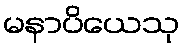
မနာပိယေသု